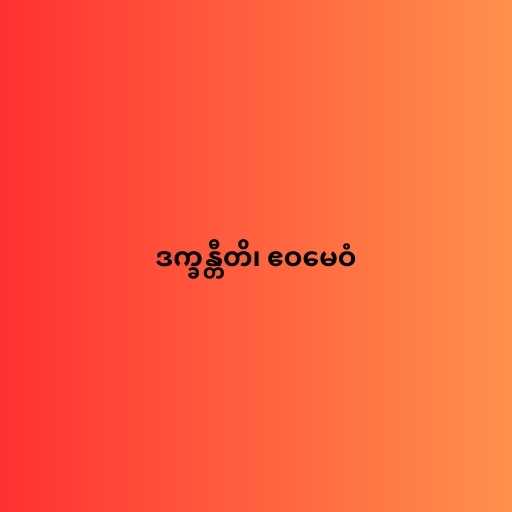
ဒက္ခန္တီတိ၊ ဧဝမေဝံ